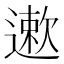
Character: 遬